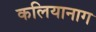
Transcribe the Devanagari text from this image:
कलियानाग